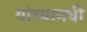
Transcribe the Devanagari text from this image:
यांच्यामधी